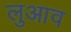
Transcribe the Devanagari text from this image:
लुआव